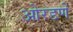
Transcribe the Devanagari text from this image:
ओरडणें